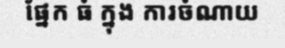
ផ្នែក ធំ ក្នុង ការចំណាយ